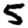
Digit: 5